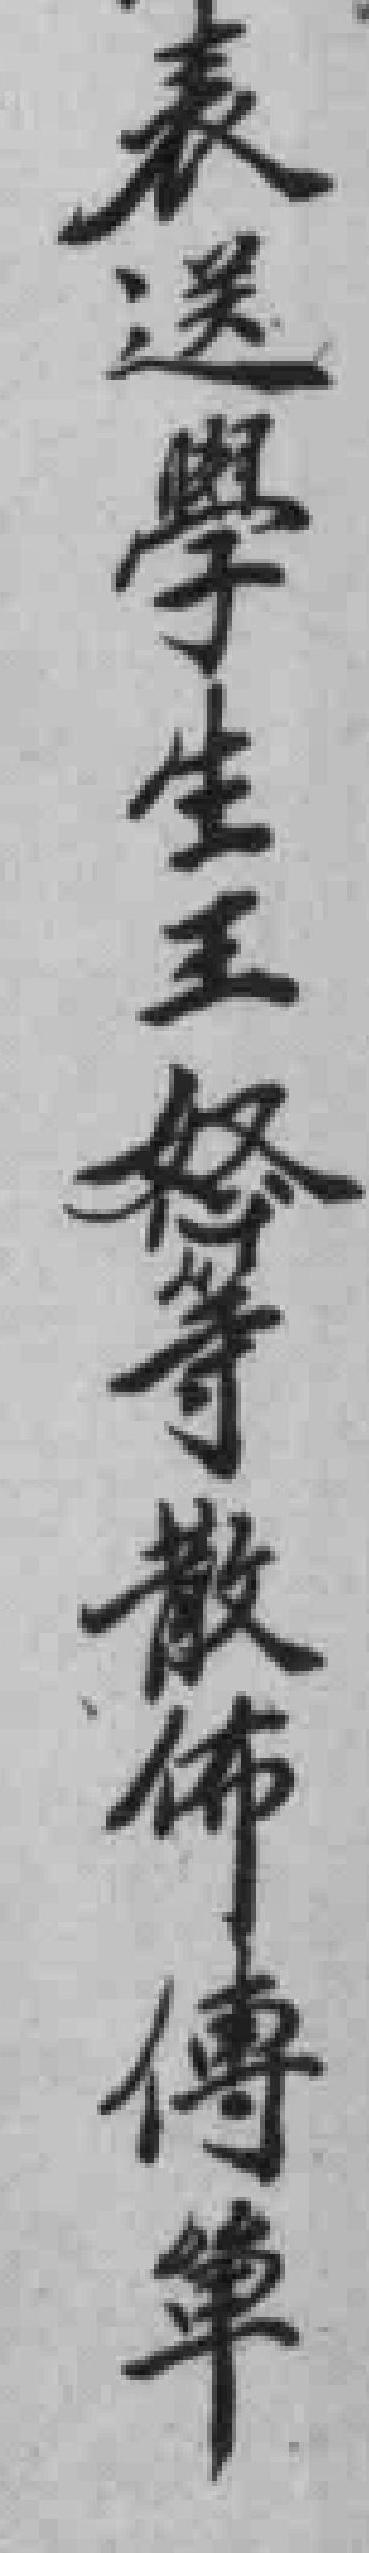
表送學生王怒等散佈傳單